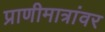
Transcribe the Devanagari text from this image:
प्राणीमात्रांवर